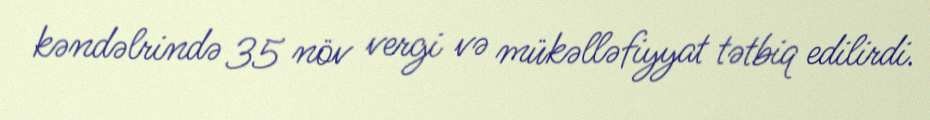
kəndəlrində 35 növ vergi və mükəlləfiyyat tətbiq edilirdi.